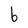
Character: b